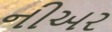
નીઅર